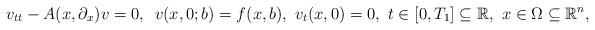
LaTeX: \begin{align*}v_{tt}- A(x,\partial_x) v =0, \,\, \,v(x,0;b)= f (x,b), \,\, v_t(x,0)=0 ,\,\, t \in [ 0,T_1]\subseteq {\mathbb R} , \,\, x \in \Omega \subseteq {\mathbb R}^n,\end{align*}